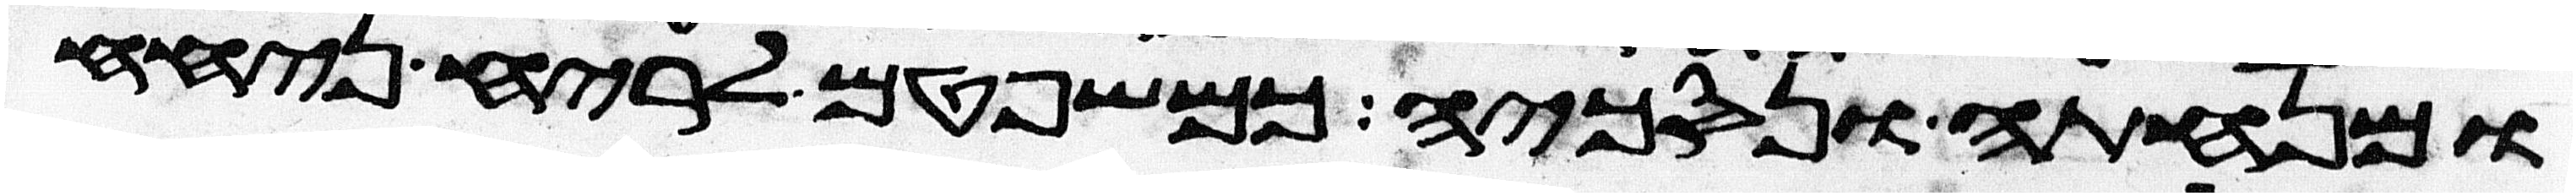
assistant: ומנחתה ונסכיה כמשפטם לריח ניחח